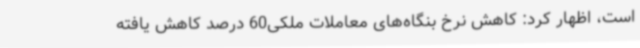
است، اظهار کرد: کاهش نرخ بنگاه‌های معاملات ملکی60 درصد کاهش یافته